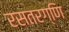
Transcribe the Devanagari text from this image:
रसतरग्णि